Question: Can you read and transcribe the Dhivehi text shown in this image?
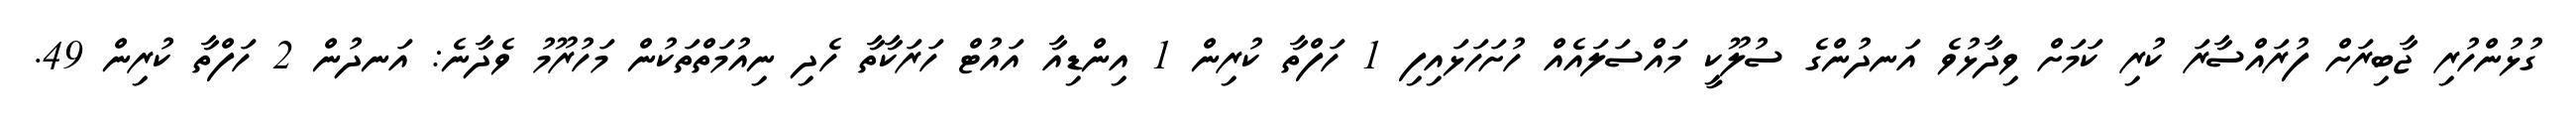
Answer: ގުޅުންހުރި ޖާބިރަށް ފުރައްސާރަ ކުރި ކަމަށް ވިދާޅުވެ އަނދުންގެ ސުލޫކީ މައްސަލައެއް ހުށަހަޅައިފި 1 ހަފްތާ ކުރިން 1 އިންޑިއާ އައުޓް ހަރަކާތާ ހެދި ނިއުމަތްތަކުން މަހުރޫމު ވެދާނެ: އަނދުން 2 ހަފްތާ ކުރިން 49.